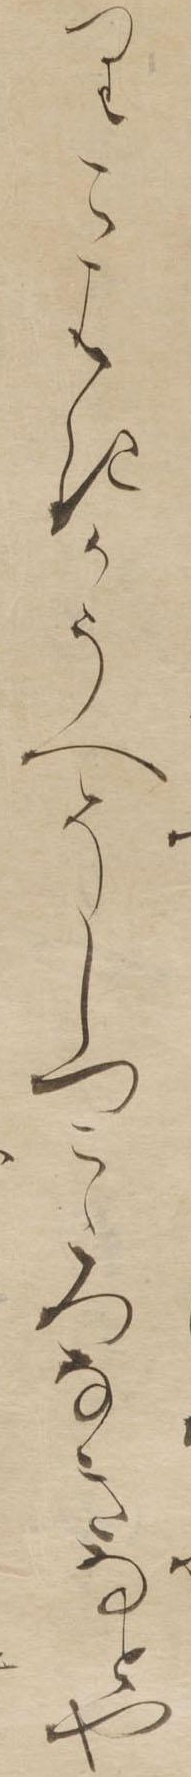
りこはきかうへそしつこゝろなきなとや